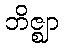
ဘိဇ္ဈာ